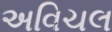
અવિચલ